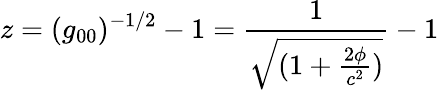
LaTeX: z=(g_{00})^{-1/2}-1=\frac{1}{\sqrt{(1+\frac{2\phi}{c^{2}})}}-1